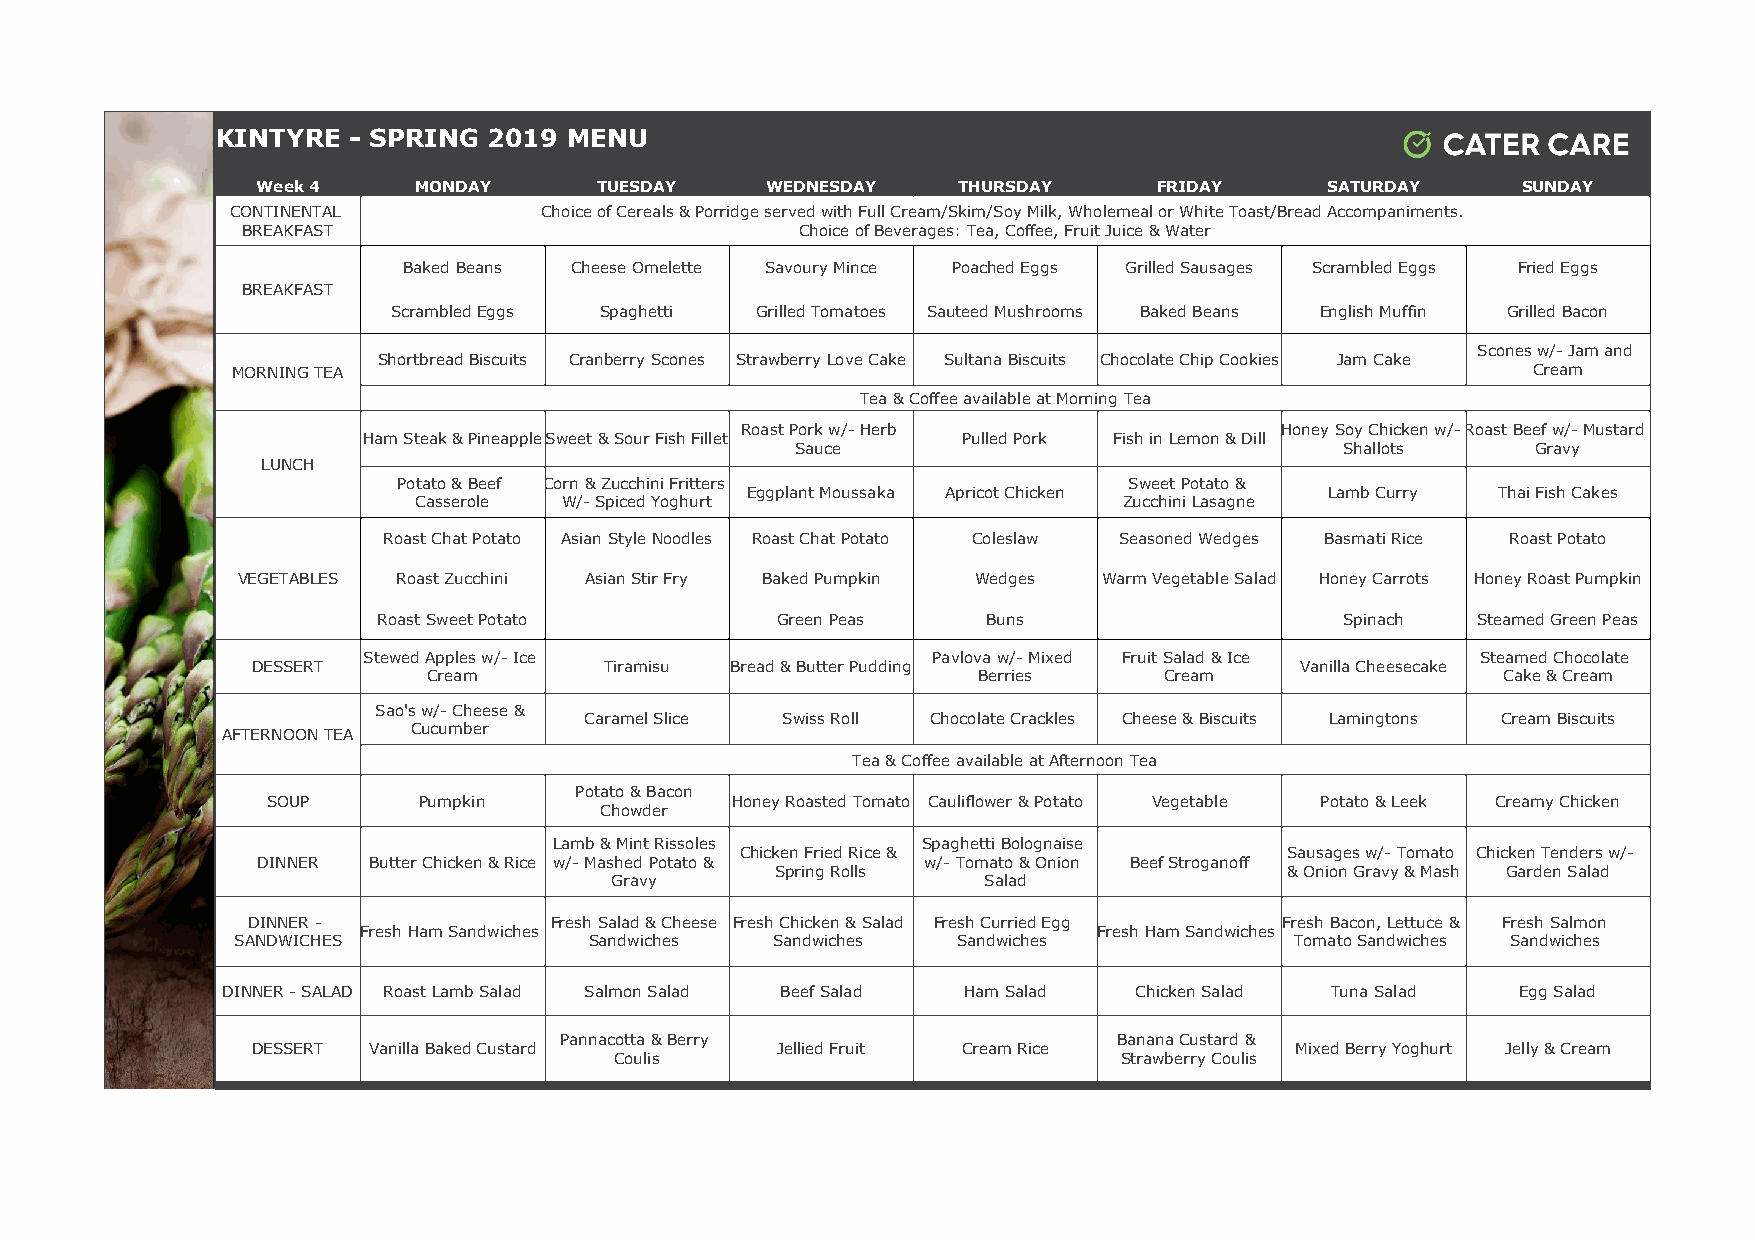
KINTYRE  - SPRING 2019  MENU
 Week 4    MONDAY      TUESDAY     WEDNESDAY   THURSDAY      FRIDAY     SATURDAY     SUNDAY
 CONTINENTAL          Choice of Cereals & Porridge served with Full Cream/Skim/Soy Milk, Wholemeal or White Toast/Bread Accompaniments.
 BREAKFAST                            Choice of Beverages: Tea, Coffee, Fruit Juice & Water
 Baked Beans Cheese Omelette Savoury Mince Poached Eggs Grilled Sausages Scrambled Eggs Fried Eggs
 BREAKFAST
 Scrambled Eggs Spaghetti Grilled Tomatoes Sauteed Mushrooms Baked Beans English Muffin Grilled Bacon
 Scones w/- Jam and
 Shortbread Biscuits Cranberry Scones Strawberry Love Cake Sultana Biscuits Chocolate Chip Cookies Jam Cake
 MORNING TEA                                                                           Cream
 Tea & Coffee available at Morning Tea
 Roast Pork w/- Herb                 Honey Soy Chicken w/- Roast Beef w/- Mustard
 Ham Steak & PineappleSweet & Sour Fish Fillet Pulled Pork Fish in Lemon & Dill
 Sauce                               Shallots     Gravy
 LUNCH
 Potato & Beef Corn & Zucchini Fritters           Sweet Potato &
 Eggplant Moussaka Apricot Chicken      Lamb Curry Thai Fish Cakes
 Casserole W/- Spiced Yoghurt                   Zucchini Lasagne
 Roast Chat Potato Asian Style Noodles Roast Chat Potato Coleslaw Seasoned Wedges Basmati Rice Roast Potato
 VEGETABLES Roast Zucchini Asian Stir Fry Baked Pumpkin Wedges Warm Vegetable Salad Honey Carrots Honey Roast Pumpkin
 Roast Sweet Potato No selection Green Peas Buns    No selection Spinach  Steamed Green Peas
 Stewed Apples w/- Ice                 Pavlova w/- Mixed Fruit Salad & Ice Steamed Chocolate
 DESSERT                Tiramisu Bread & Butter Pudding               Vanilla Cheesecake
 Cream                                Berries     Cream                 Cake & Cream
 Sao's w/- Cheese &
 Caramel Slice Swiss Roll Chocolate Crackles Cheese & Biscuits Lamingtons Cream Biscuits
 AFTERNOON TEA Cucumber
 Tea & Coffee available at Afternoon Tea
 Potato & Bacon
 SOUP      Pumpkin             Honey Roasted Tomato Cauliflower & Potato Vegetable Potato & Leek Creamy Chicken
 Chowder
 Lamb & Mint Rissoles    Spaghetti Bolognaise
 Chicken Fried Rice &                Sausages w/- Tomato Chicken Tenders w/-
 DINNER Butter Chicken & Rice w/- Mashed Potato & w/- Tomato & Onion Beef Stroganoff
 Spring Rolls                      & Onion Gravy & Mash Garden Salad
 Gravy                    Salad
 DINNER -            Fresh Salad & Cheese Fresh Chicken & Salad Fresh Curried Egg Fresh Bacon, Lettuce & Fresh Salmon
 Fresh Ham Sandwiches                             Fresh Ham Sandwiches
 SANDWICHES              Sandwiches  Sandwiches  Sandwiches             Tomato Sandwiches Sandwiches
 DINNER - SALAD Roast Lamb Salad Salmon Salad Beef Salad Ham Salad Chicken Salad Tuna Salad Egg Salad
 Pannacotta & Berry                   Banana Custard &
 DESSERT Vanilla Baked Custard     Jellied Fruit Cream Rice           Mixed Berry Yoghurt Jelly & Cream
 Coulis                           Strawberry Coulis